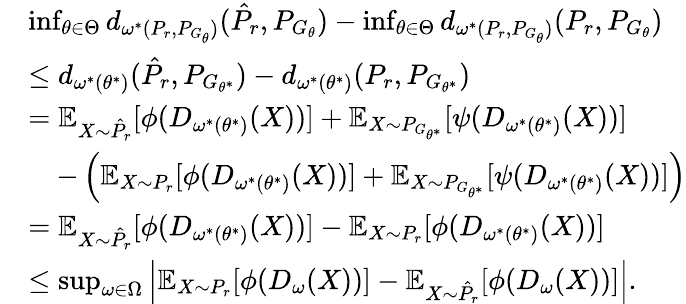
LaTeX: \begin{array}{rl}&{\operatorname*{inf}_{\theta\in\Theta}d_{\omega^{*}(P_{r},P_{G_{{\theta}}})}(\hat{P}_{r},P_{G_{\theta}})-\operatorname*{inf}_{\theta\in\Theta}d_{\omega^{*}(P_{r},P_{G_{{\theta}}})}(P_{r},P_{G_{\theta}})}\\ &{\le d_{\omega^{*}(\theta^{*})}(\hat{P}_{r},P_{G_{\theta^{*}}})-d_{\omega^{*}(\theta^{*})}(P_{r},P_{G_{\theta^{*}}})}\\ &{=\mathbb{E}_{X\sim\hat{P}_{r}}[\phi(D_{\omega^{*}({\theta}^{*})}(X))]+\mathbb{E}_{X\sim P_{G_{{\theta}^{*}}}}[\psi(D_{\omega^{*}({\theta}^{*})}(X))]}\\ &{\quad-\left(\mathbb{E}_{X\sim{P}_{r}}[\phi(D_{\omega^{*}({\theta}^{*})}(X))]+\mathbb{E}_{X\sim P_{G_{{\theta}^{*}}}}[\psi(D_{\omega^{*}({\theta}^{*})}(X))]\right)}\\ &{=\mathbb{E}_{X\sim\hat{P}_{r}}[\phi(D_{\omega^{*}({\theta}^{*})}(X))]-\mathbb{E}_{X\sim{P}_{r}}[\phi(D_{\omega^{*}({\theta}^{*})}(X))]}\\ &{\le\operatorname*{sup}_{\omega\in\Omega}\left|\mathbb{E}_{X\sim P_{r}}[\phi(D_{\omega}(X))]-\mathbb{E}_{X\sim\hat{P}_{r}}[\phi(D_{\omega}(X))]\right|.}\end{array}